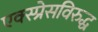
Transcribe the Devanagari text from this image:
एक्स्प्रेसविरुद्ध